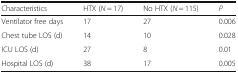
<table><thead><tr><td><b>Characteristics</b></td><td><b>HTX (<i>N</i> = 17)</b></td><td><b>No HTX (<i>N</i> = 115)</b></td><td><b><i>P</i></b></td></tr></thead><tbody><tr><td>Ventilator free days</td><td>17</td><td>27</td><td>0.006</td></tr><tr><td>Chest tube LOS (d)</td><td>14</td><td>10</td><td>0.028</td></tr><tr><td>ICU LOS (d)</td><td>27</td><td>8</td><td>0.01</td></tr><tr><td>Hospital LOS (d)</td><td>38</td><td>17</td><td>0.005</td></tr></tbody></table>